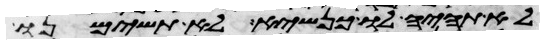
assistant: לא תהיה לו כנשא לא תשימנו